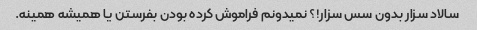
سالاد سزار بدون سس سزار!؟ نمیدونم فراموش کرده بودن بفرستن یا همیشه همینه.